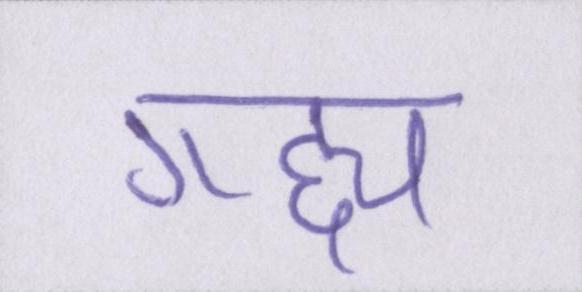
गद्द्य